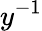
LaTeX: y^{-1}